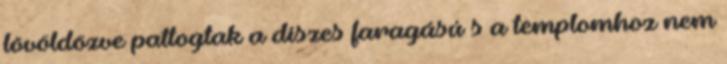
lövöldözve pattogtak a díszes faragású s a templomhoz nem